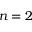
n = 2